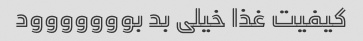
کیفیت غذا خیلی بد بووووووود